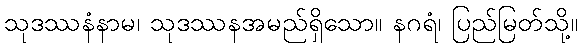
သုဒဿနံနာမ၊ သုဒဿနအမည်ရှိသော။ နဂရံ၊ ပြည်မြတ်သို့။